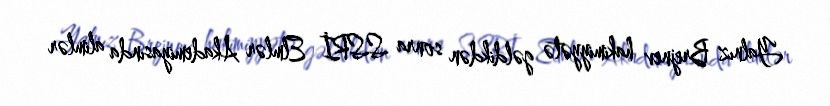
Yalnız Brejnev hakimiyyətə gəldikdən sonra SSRİ Elmlər Akademiyasında alimlər